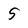
Character: 5